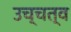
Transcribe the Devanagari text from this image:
उच्चत्व